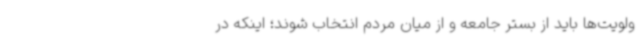
ولویت‌ها باید از بستر جامعه و از میان مردم انتخاب شوند؛ اینکه در